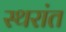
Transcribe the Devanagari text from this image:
स्थरांत